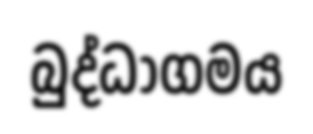
බුද්ධාගමය